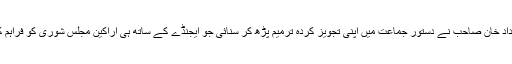
٭	حاجی خالق داد خان صاحب نے دستور جماعت میں اپنی تجویز کردہ ترمیم پڑھ کر سنائی جو ایجنڈے کے ساتھ ہی اراکین مجلس شوریٰ کو فراہم کردی گئی تھیں۔